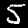
Digit: 5